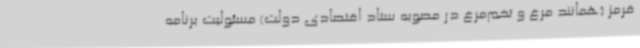
قرمز (همانند مرغ و تخم‌مرغ در مصوبه ستاد اقتصادی دولت) مسئولیت برنامه